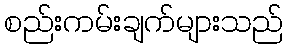
စည်းကမ်းချက်များသည်